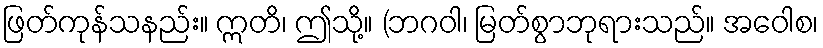
ဖြတ်ကုန်သနည်း။ ဣတိ၊ ဤသို့။ (ဘဂဝါ၊ မြတ်စွာဘုရားသည်။ အဝေါစ၊